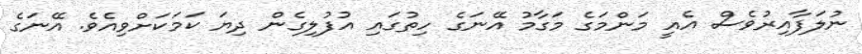
ނުލަފާއިރުވެސް އެއީ މަންމަގެ މަގާމު އޭނަގެ ހިތުގައި އުފުލިގެން ދިޔަ ކަމަކަށްވިއެވެ. އޭނަގެ